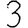
Digit: 3